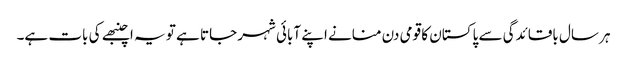
ہر سال باقائدگی سے پاکستان کا قومی دن منانے اپنے آبائی شہر جاتا ہے تو یہ اچنبھے کی بات ہے۔